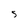
Character: S